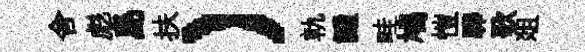
舍彪島扶）軌譴畦鳩愷驊歌爼